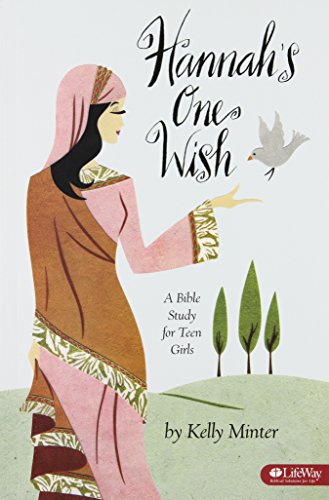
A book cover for Hannah's One Wish: A Bible Study for Teen Girls, Member Book; Kelly Minter; Christian Books & Bibles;